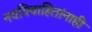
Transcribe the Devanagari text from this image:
नवविवाहितांनाही